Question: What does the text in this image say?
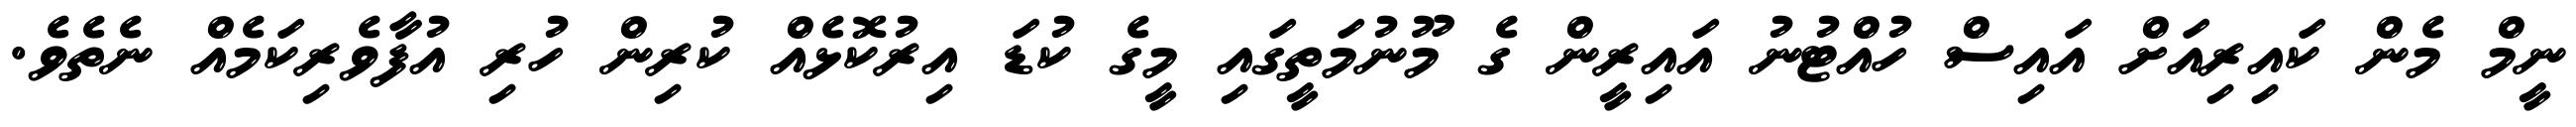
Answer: ނީމް މެން ކައިރިއަށް އައިސް ހުއްޓުނު އައިރީން ގެ މޫނުމަތީގައި މީގެ ކުޑަ އިރުކޮޅެއް ކުރިން ހުރި އުފާވެރިކަމެއް ނެތެވެ.